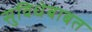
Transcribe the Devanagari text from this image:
सुविधेबाबत